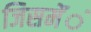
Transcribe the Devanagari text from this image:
जिसमेंंं